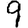
Digit: 9